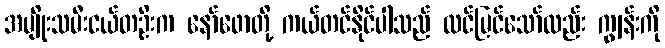
အမျိုးသမီးငယ်တဦးက နော်ဖောတို့ ကယ်တင်နိုင်ပါသည် ထင်မြင်သော်လည်း ကျွန်းကို